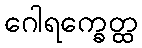
ဂေါရက္ခေတ္ထ